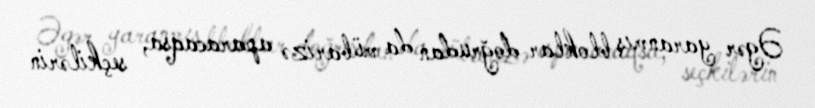
Əgər yaranmış bloklar doğrudan da mübarizə aparacaqsa, seçkilərin